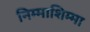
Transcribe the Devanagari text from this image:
निम्माशिम्मा